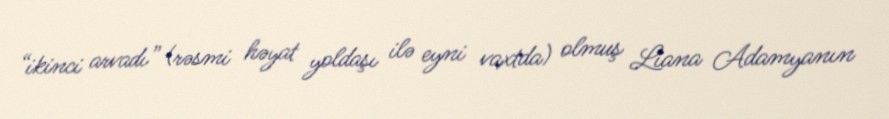
“ikinci arvadı” (rəsmi həyat yoldaşı ilə eyni vaxtda) olmuş Liana Adamyanın